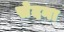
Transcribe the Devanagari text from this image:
सेदना